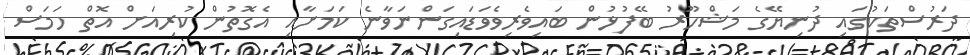
ދަރުސްތަކުގައި ދުނިޔޭގެ މަޝްހޫރު ބޭފުޅުން ބައިވެރިވެވަޑައިގަންނަވާނެ ކަމަށާއި އެގޮތުން ކުރިއަށް އޮތް ހަމަސް